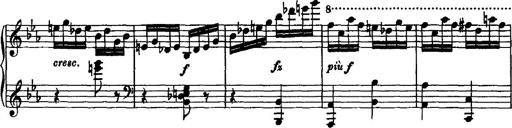
Title: Variation Ã¼ber einen Walzer von Diabelli
Composer: Franz Liszt